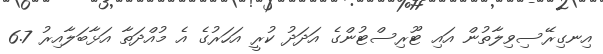
އިނގިރޭސިވިލާތުން އައި ޓޫރިސްޓުންގެ އަދަދު ކުރީ އަހަރުގެ އެ މުއްދަތާ އަޅާބަލާއިރު 6.7